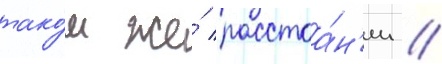
тако́м же́ расстоа́н'ии //